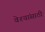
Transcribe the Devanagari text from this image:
वेश्यांसाठी